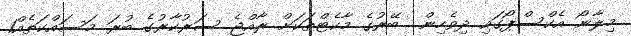
މިލާނޯ އެކްސްޕޯގައި ދިވެހިން  ބޭރުގެ މާކެޓްތަކަށް ރާއްޖެ ސަރުކާރުގެ ބުރަ މަސައްކަތެއް1